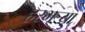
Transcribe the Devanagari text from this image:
हरभऱ्या